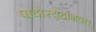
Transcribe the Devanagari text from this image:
पादोस्येहाभवत्